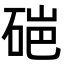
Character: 𬒏